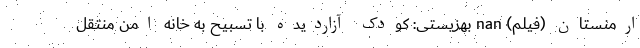
ارمنستان (فیلم) nan بهزیستی: کودک آزاردیده با تسبیح به خانه امن منتقل